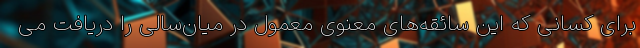
برای کسانی که این سائقه‌های معنوی معمول در میان‌سالی را دریافت می